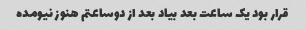
قرار بود یک ساعت بعد بیاد بعد از دوساعتم هنوز نیومده